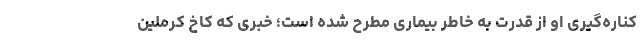
کناره‌گیری او از قدرت به خاطر بیماری مطرح شده است؛ خبری که کاخ کرملین